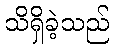
သိရှိခဲ့သည်